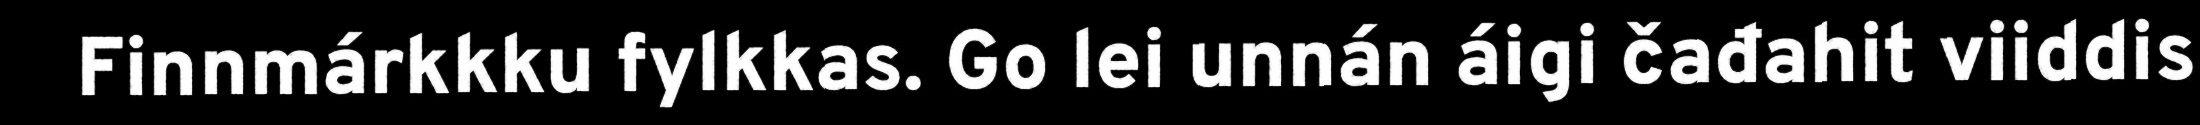
Finnmárkkku fylkkas. Go lei unnán áigi čađahit viiddis